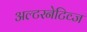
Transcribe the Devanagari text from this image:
अल्टरनेटिव्ज